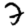
Digit: 7